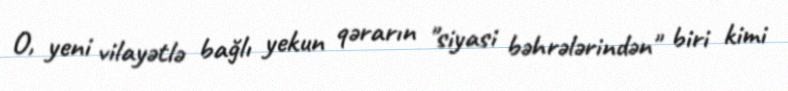
O, yeni vilayətlə bağlı yekun qərarın "siyasi bəhrələrindən" biri kimi